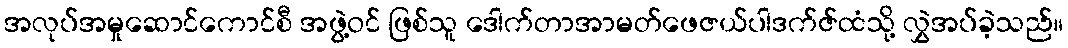
အလုပ်အမှုဆောင်ကောင်စီ အဖွဲ့ဝင် ဖြစ်သူ ဒေါက်တာအာမတ်ဖေဇယ်ပါဒက်ဇ်ထံသို့ လွှဲအပ်ခဲ့သည်။